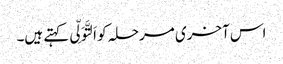
اس آخری مرحلہ کو اَلتَّوَلِّی کہتے ہیں۔